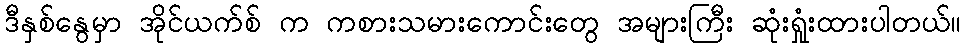
ဒီနှစ်နွေမှာ အိုင်ယက်စ် က ကစားသမားကောင်းတွေ အများကြီး ဆုံးရှုံးထားပါတယ်။